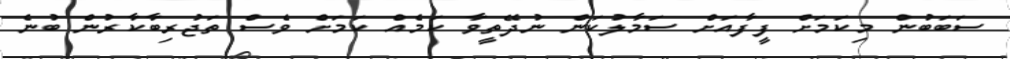
ސަބަބުން މިކަމަށް ފީފާއަށް ސަމާލުކަން ނުދޭތީވާ ކަމެއް ކަމަށް ވެސް ތަޖުރިބާކާރުން ބުނެ